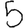
Digit: 5